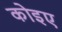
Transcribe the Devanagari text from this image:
कोइए